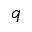
\mathfrak { q }